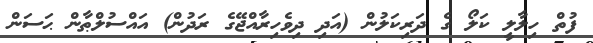
ފުތް ހިލާލީ ކަލޯ ގެ ދަރިކަލުން (އަދި ދިވެހިރާއްޖޭގެ ރަދުން) އައްސުލްޠާން ޙަސަން